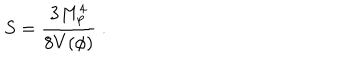
LaTeX: S = { \frac { 3 M _ { p } ^ { 4 } } { 8 V ( \phi ) } } \ .